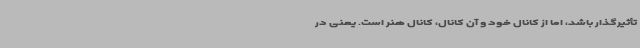
تأثیرگذار باشد، اما از کانال خود و آن کانال، کانال هنر است. یعنی در